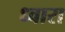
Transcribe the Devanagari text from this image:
ध्वारा